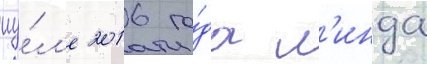
иу́л'е 2016 го́да л'инда